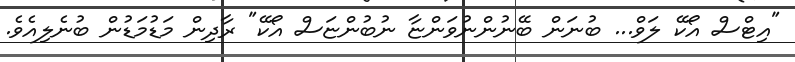
"އިޓްސް އޯކޭ ލަވް... ބުނަން ބޭނުންނުވަންޏާ ނުބުންޏަސް އޯކޭ" ރާދިން މަޑުމަޑުން ބުނެލިއެވެ.